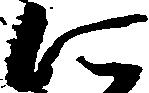
に